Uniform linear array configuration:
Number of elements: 16
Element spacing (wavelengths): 0.25
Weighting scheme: blackman
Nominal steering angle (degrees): -15
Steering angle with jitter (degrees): -15.063
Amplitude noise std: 0.05
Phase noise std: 0.05

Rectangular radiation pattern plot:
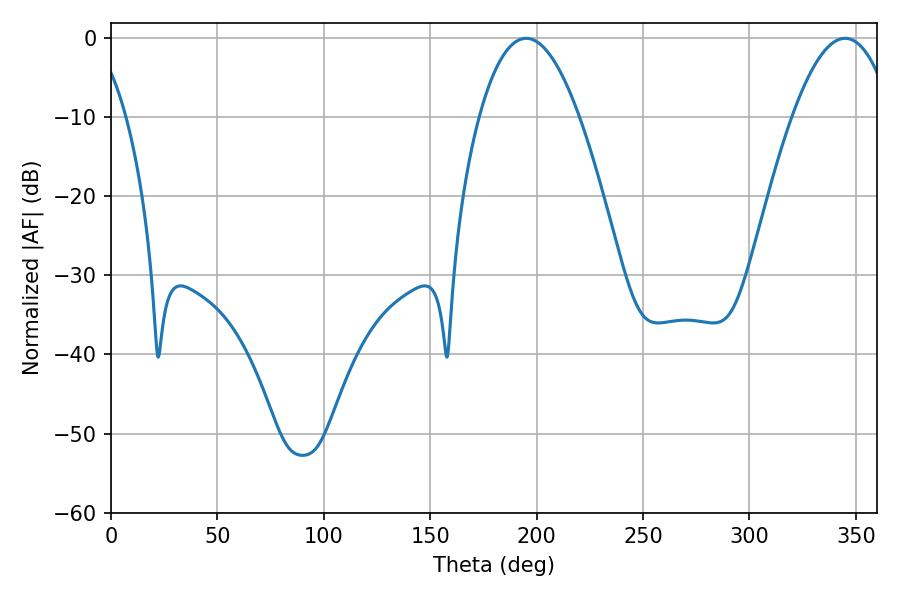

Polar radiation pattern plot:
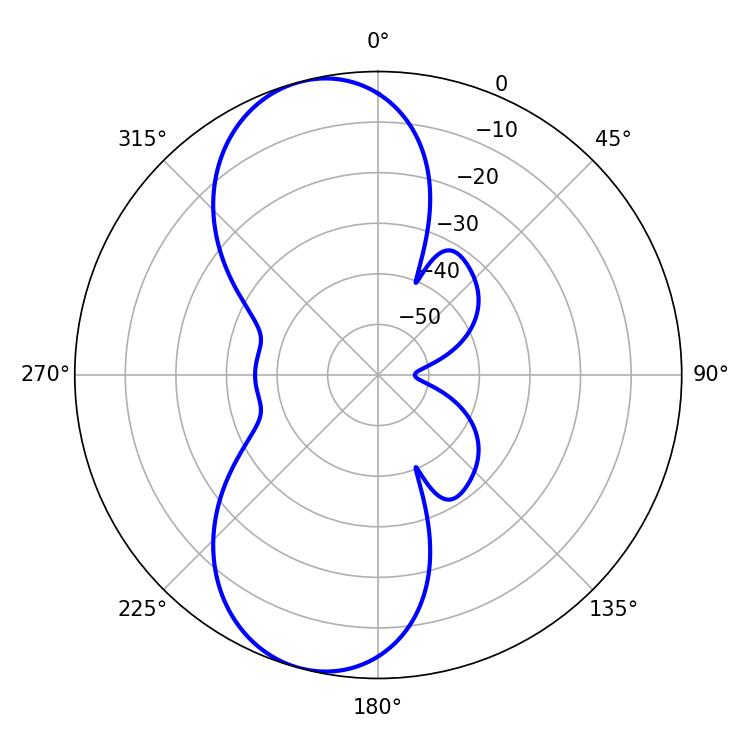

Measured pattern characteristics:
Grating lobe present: FALSE
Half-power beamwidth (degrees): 25.92
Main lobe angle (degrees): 195.12